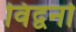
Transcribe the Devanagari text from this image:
विद्वनो